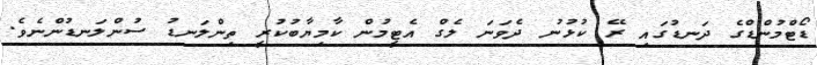
ޑޯޓްމުންޑްގެ ދަނޑުގައި ރޭ ކުޅުނު ދެވަނަ ލެގް އެޓީމުން ކާމިޔާބުކުރީ ތިންލަނޑު ސުންލަނޑުންނެވެ.